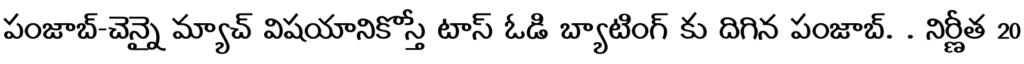
పంజాబ్-చెన్నై మ్యాచ్ విషయానికొస్తే టాస్ ఓడి బ్యాటింగ్ కు దిగిన పంజాబ్. . నిర్ణీత 20